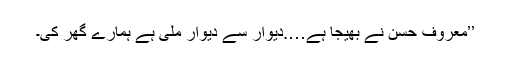
’’معروف حسن نے بھیجا ہے….دیوار سے دیوار ملی ہے ہمارے گھر کی۔